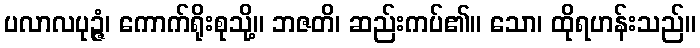
ပလာလပုဉ္ဇံ၊ ကောက်ရိုးစုသို့။ ဘဇတိ၊ ဆည်းကပ်၏။ သော၊ ထိုရဟန်းသည်။